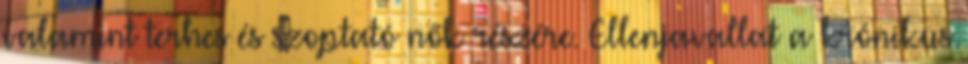
valamint terhes és szoptató nők részére. Ellenjavallat a krónikus